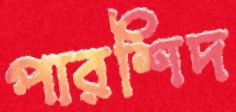
পারশিদ